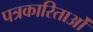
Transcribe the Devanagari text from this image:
पत्रकारिताओं